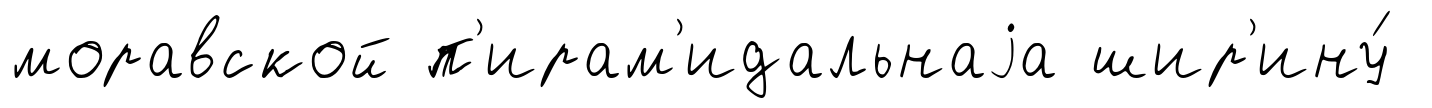
моравской п'ирам'идальнаjа шир'ину́